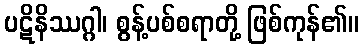
ပဋိနိဿဂ္ဂါ၊ စွန့်ပစ်စရာတို့ ဖြစ်ကုန်၏။